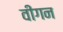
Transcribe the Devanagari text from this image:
वीगन